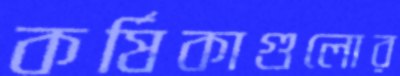
কর্ষিকাগুলোর